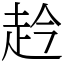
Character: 赺